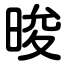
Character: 晙